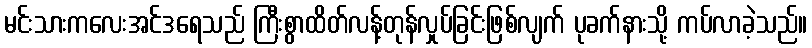
မင်းသားကလေးအင်ဒရေသည် ကြီးစွာထိတ်လန့်တုန်လှုပ်ခြင်းဖြစ်လျက် ပုခက်နားသို့ ကပ်လာခဲ့သည်။